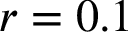
r = 0 . 1